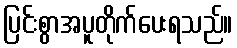
ပြင်းစွာအပူတိုက်ပေးရသည်။